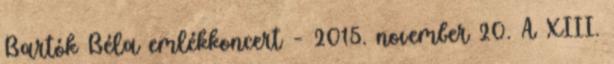
Bartók Béla emlékkoncert – 2015. november 20. A XIII.